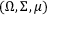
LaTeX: ( \Omega , \Sigma , \mu )